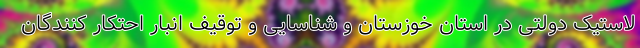
لاستیک دولتی در استان خوزستان و شناسایی و توقیف انبار احتکار کنندگان